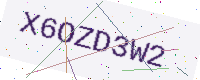
Text: X6OZD3W2